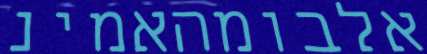
אלבומהאמינ